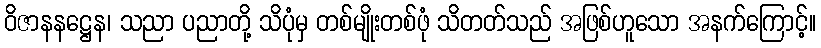
ဝိဇာနနဋ္ဌေန၊ သညာ ပညာတို့ သိပုံမှ တစ်မျိုးတစ်ဖုံ သိတတ်သည် အဖြစ်ဟူသော အနက်ကြောင့်။